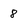
Character: 8